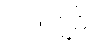
ပင်လျှင်